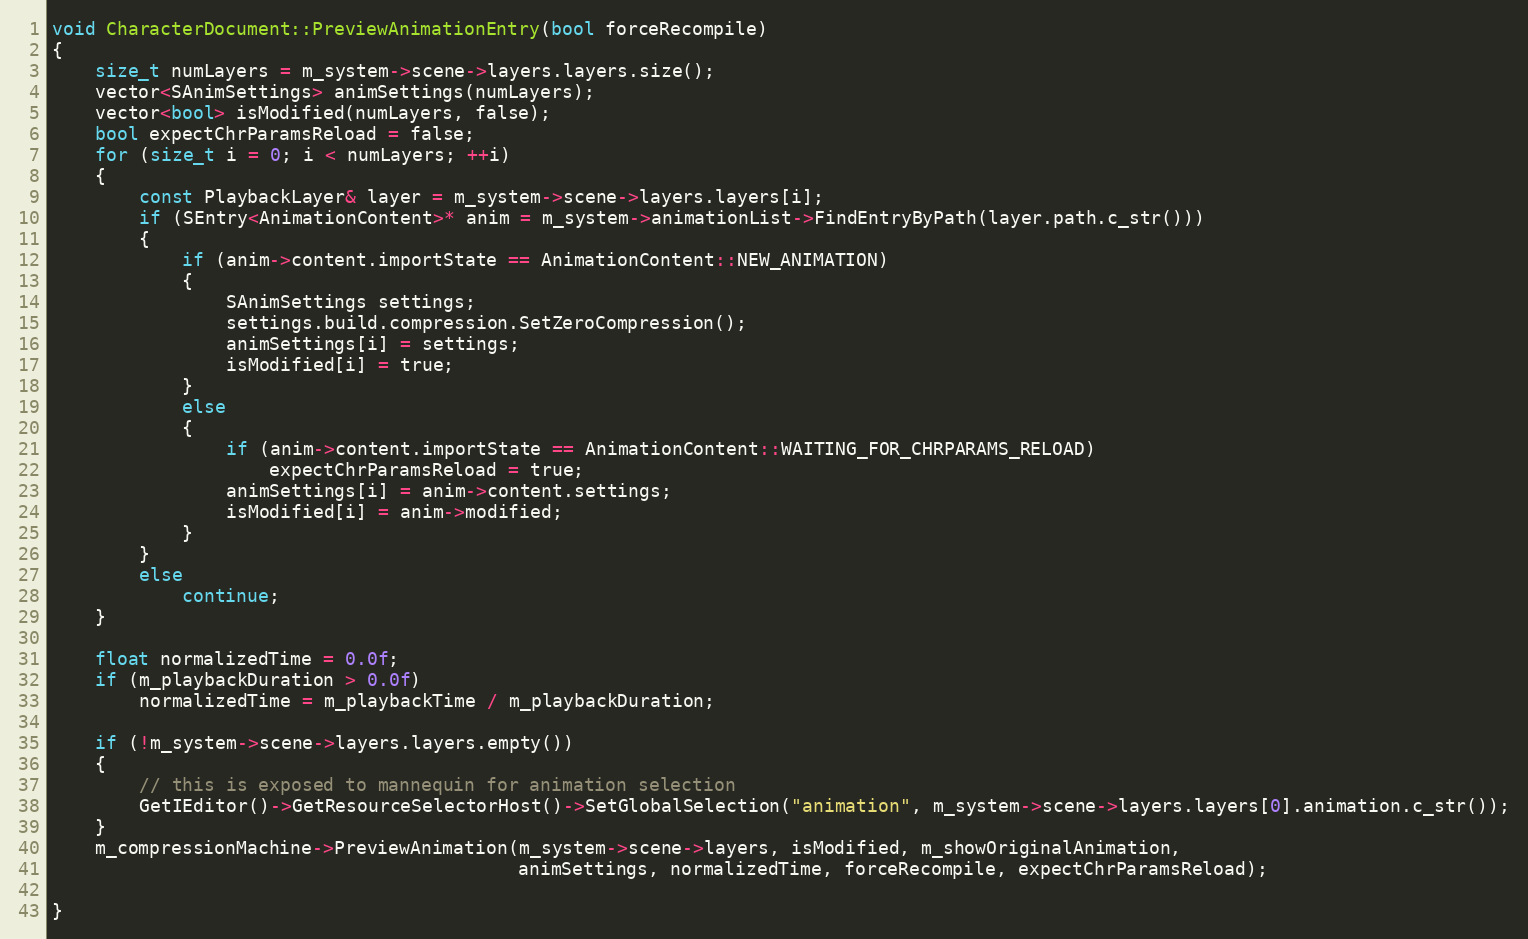
Language: C++
void CharacterDocument::PreviewAnimationEntry(bool forceRecompile)
{
	size_t numLayers = m_system->scene->layers.layers.size();
	vector<SAnimSettings> animSettings(numLayers);
	vector<bool> isModified(numLayers, false);
	bool expectChrParamsReload = false;
	for (size_t i = 0; i < numLayers; ++i)
	{
		const PlaybackLayer& layer = m_system->scene->layers.layers[i];
		if (SEntry<AnimationContent>* anim = m_system->animationList->FindEntryByPath(layer.path.c_str()))
		{
			if (anim->content.importState == AnimationContent::NEW_ANIMATION)
			{
				SAnimSettings settings;
				settings.build.compression.SetZeroCompression();
				animSettings[i] = settings;
				isModified[i] = true;
			}
			else
			{
				if (anim->content.importState == AnimationContent::WAITING_FOR_CHRPARAMS_RELOAD)
					expectChrParamsReload = true;
				animSettings[i] = anim->content.settings;
				isModified[i] = anim->modified;
			}
		}
		else
			continue;
	}

	float normalizedTime = 0.0f;
	if (m_playbackDuration > 0.0f)
		normalizedTime = m_playbackTime / m_playbackDuration;

	if (!m_system->scene->layers.layers.empty())
	{
		// this is exposed to mannequin for animation selection
		GetIEditor()->GetResourceSelectorHost()->SetGlobalSelection("animation", m_system->scene->layers.layers[0].animation.c_str());
	}
	m_compressionMachine->PreviewAnimation(m_system->scene->layers, isModified, m_showOriginalAnimation,
	                                       animSettings, normalizedTime, forceRecompile, expectChrParamsReload);

}